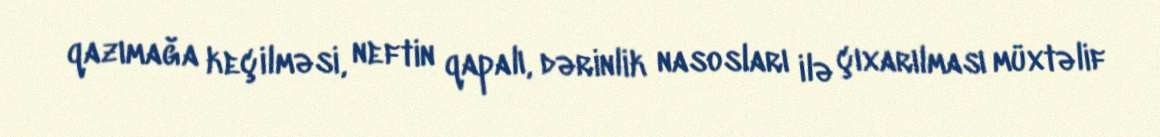
qazımağa keçilməsi, neftin qapalı, dərinlik nasosları ilə çıxarılması müxtəlif